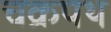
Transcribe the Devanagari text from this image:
चक्रपथ